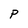
Character: P